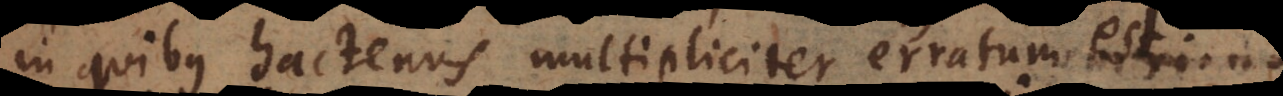
in quibus hactenus multipliciter erratum